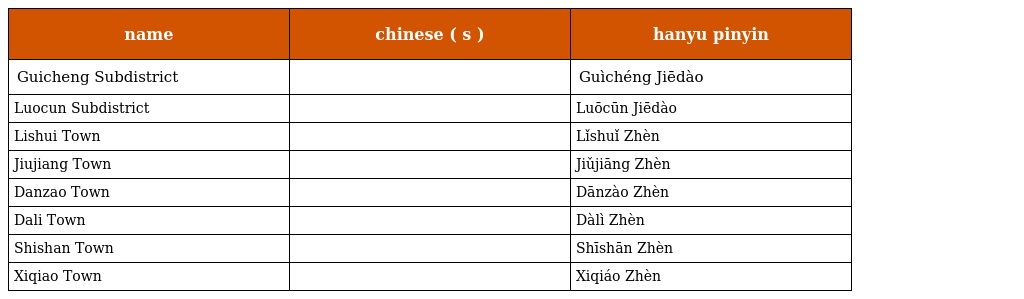
| name | chinese ( s ) | hanyu pinyin |
 | --- | --- | --- |
 | Guicheng Subdistrict | 桂城街道 | Guìchéng Jiēdào |
 | Luocun Subdistrict | 罗村街道 | Luōcūn Jiēdào |
 | Lishui Town | 里水镇 | Lǐshuǐ Zhèn |
 | Jiujiang Town | 九江镇 | Jiǔjiāng Zhèn |
 | Danzao Town | 丹灶镇 | Dānzào Zhèn |
 | Dali Town | 大沥镇 | Dàlì Zhèn |
 | Shishan Town | 狮山镇 | Shīshān Zhèn |
 | Xiqiao Town | 西樵镇 | Xiqiáo Zhèn |